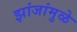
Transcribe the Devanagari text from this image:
झांजांमुळे